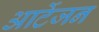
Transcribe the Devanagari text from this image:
आर्टेजन